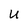
Character: U